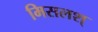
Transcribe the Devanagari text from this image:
मिसलश्